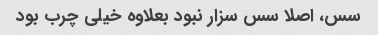
سس، اصلا سس سزار نبود بعلاوه خیلی چرب بود